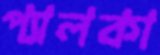
প্যালকা